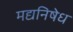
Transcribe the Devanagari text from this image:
मद्यनिषेध